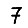
Digit: 7